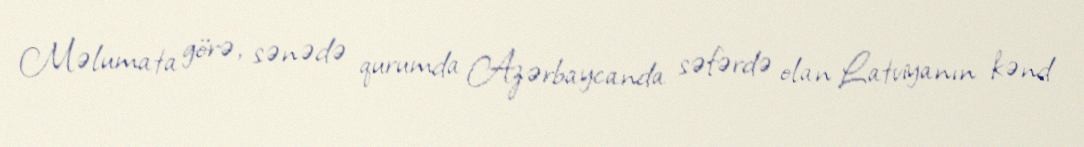
Məlumata görə, sənədə qurumda Azərbaycanda səfərdə olan Latviyanın kənd